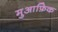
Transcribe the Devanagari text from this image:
मुआफ़िक